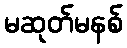
မဆုတ်မနစ်